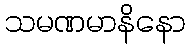
သမဏမာနိနော